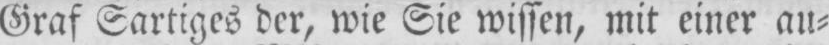
Graf Sartiges der, wie Sie wissen, mit einer au⸗